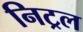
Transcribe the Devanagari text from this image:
निट्रल